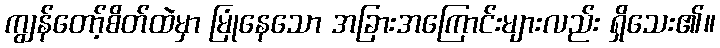
ကျွန်တော့်စိတ်ထဲမှာ မြုံနေသော အခြားအကြောင်းများလည်း ရှိသေး၏။